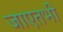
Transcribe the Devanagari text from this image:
जाएतभी